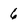
Character: 6